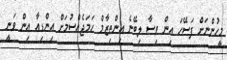
މީހުންނަށް ފަސޭހަ އިން ވިސާ ލިބޭނެ އިންތިޒާމް ހަމަޖެއްސުމަށް އިންޑިއާ އިން ވަނީ